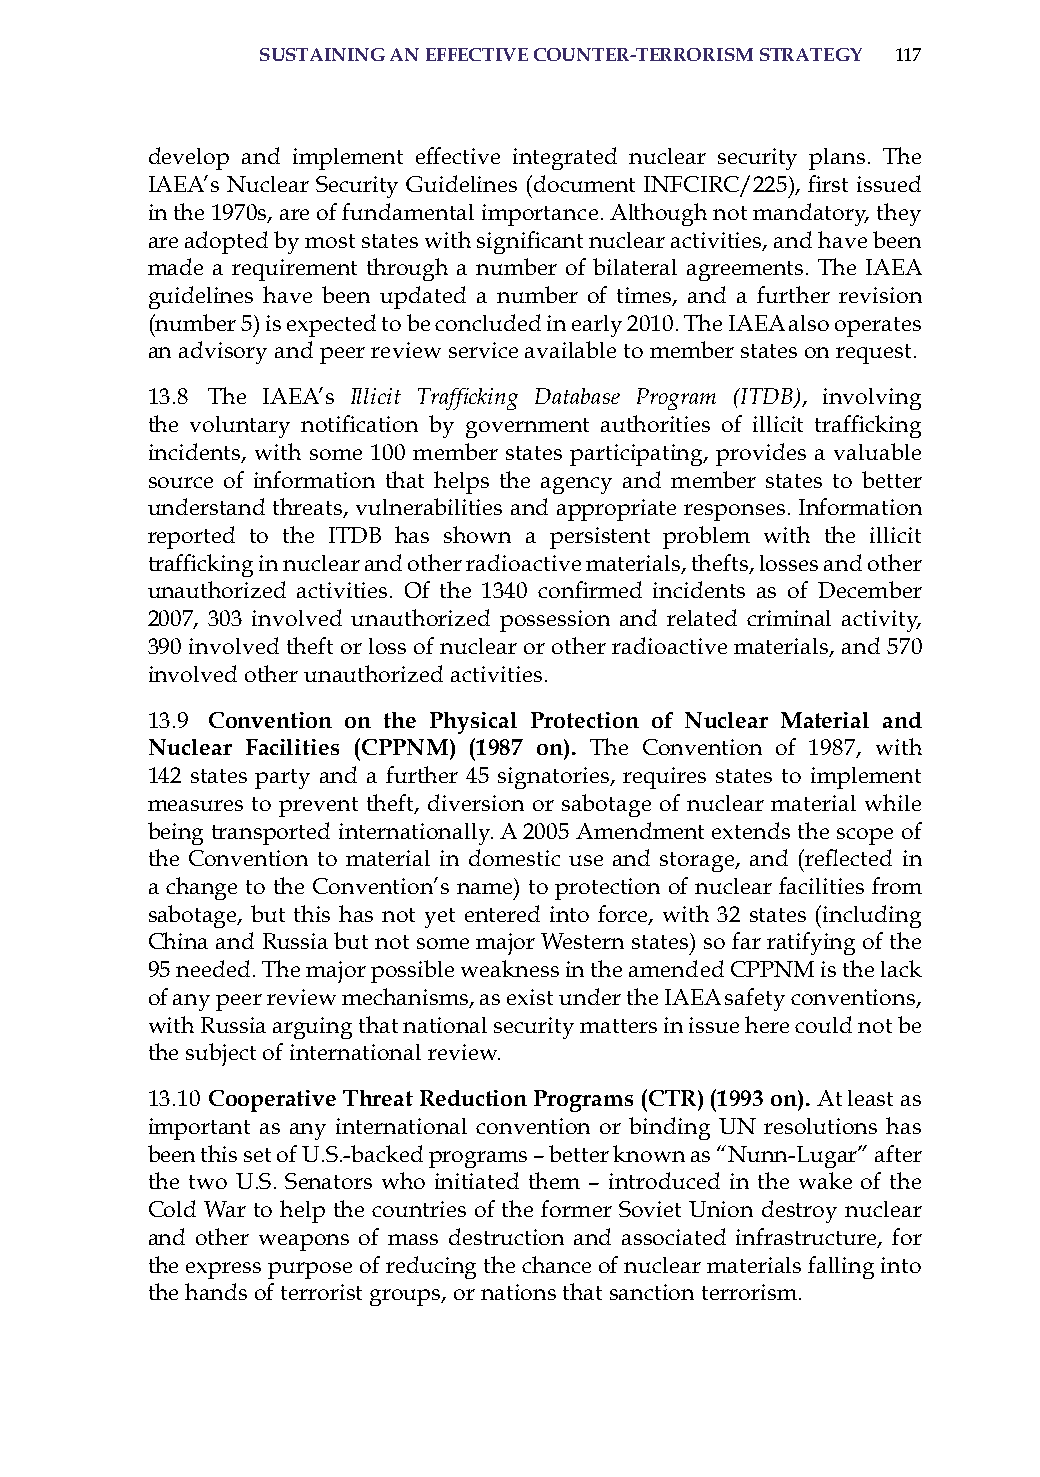
sustaininG an effective counter-terrorism strateGY 117
 develop and implement effective integrated nuclear security plans. The
 IAEA’s Nuclear Security Guidelines (document INFCIRC/225), first issued
 in the 1970s, are of fundamental importance. although not mandatory, they
 are adopted by most states with significant nuclear activities, and have been
 made a requirement through a number of bilateral agreements. The iaEa
 guidelines have been updated a number of times, and a further revision
 (number 5) is expected to be concluded in early 2010. The iaEa also operates
 an advisory and peer review service available to member states on request.
 13.8 The iaEa’s Illicit Trafficking Database Program (ITDB), involving
 the voluntary notification by government authorities of illicit trafficking
 incidents, with some 100 member states participating, provides a valuable
 source of information that helps the agency and member states to better
 understand threats, vulnerabilities and appropriate responses. information
 reported to the iTDB has shown a persistent problem with the illicit
 trafficking in nuclear and other radioactive materials, thefts, losses and other
 unauthorized activities. Of the 1340 confirmed incidents as of December
 2007, 303 involved unauthorized possession and related criminal activity,
 390 involved theft or loss of nuclear or other radioactive materials, and 570
 involved other unauthorized activities.
 13.9 convention on the Physical Protection of nuclear material and
 nuclear facilities (cPPnm) (1987 on). The Convention of 1987, with
 142 states party and a further 45 signatories, requires states to implement
 measures to prevent theft, diversion or sabotage of nuclear material while
 being transported internationally. a 2005 amendment extends the scope of
 the Convention to material in domestic use and storage, and (reflected in
 a change to the Convention’s name) to protection of nuclear facilities from
 sabotage, but this has not yet entered into force, with 32 states (including
 China and russia but not some major Western states) so far ratifying of the
 95 needed. The major possible weakness in the amended CPPNM is the lack
 of any peer review mechanisms, as exist under the iaEa safety conventions,
 with russia arguing that national security matters in issue here could not be
 the subject of international review.
 13.10 cooperative threat reduction Programs (ctr) (1993 on). at least as
 important as any international convention or binding UN resolutions has
 been this set of U.s.-backed programs – better known as “Nunn-Lugar” after
 the two U.s. senators who initiated them – introduced in the wake of the
 Cold War to help the countries of the former soviet Union destroy nuclear
 and other weapons of mass destruction and associated infrastructure, for
 the express purpose of reducing the chance of nuclear materials falling into
 the hands of terrorist groups, or nations that sanction terrorism.